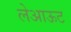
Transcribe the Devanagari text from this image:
लेअाऊट